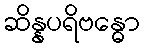
ဆိန္နပရိဗန္ဓော